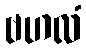
ဗဟလံ